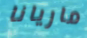
ماريانا